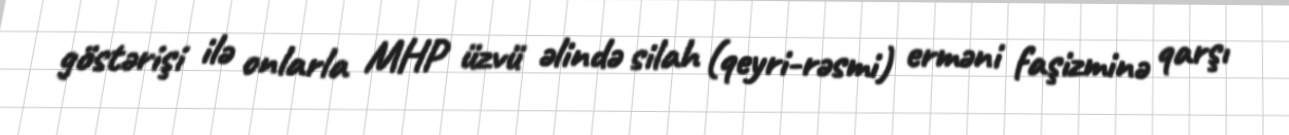
göstərişi ilə onlarla MHP üzvü əlində silah (qeyri-rəsmi) erməni faşizminə qarşı